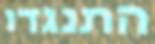
התנגדו